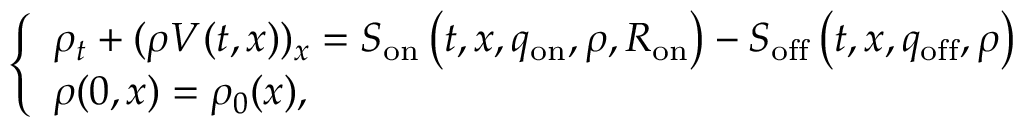
\begin{array} { r } { \left\{ \begin{array} { l c c } { \rho _ { t } + ( \rho V ( t , x ) ) _ { x } = S _ { \mathrm { o n } } \left( t , x , q _ { \mathrm { o n } } , \rho , R _ { \mathrm { o n } } \right) - S _ { \mathrm { o f f } } \left( t , x , q _ { \mathrm { o f f } } , \rho \right) } \\ { \rho ( 0 , x ) = \rho _ { 0 } ( x ) , } \end{array} \right. } \end{array}